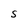
Character: S